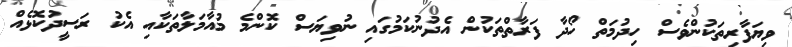
ވިޔަފާރިތަކުންވެސް ހިދުމަތް ހޯދާ ފަރާތްތަކުން އެދުނުކަމުގައި ނުވިޔަސް ކޮންމެ މުއާމަލާތަކާއި އެކު ރަސީދުކޮޅެއް